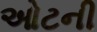
ઓટની